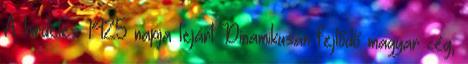
A hirdetés 1425 napja lejárt Dinamikusan fejlődő magyar cég,